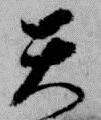
天